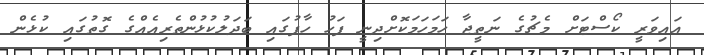
އައިވަރީ ކޯސްޓަށް މެޗުގެ ނަތީޖާ ހަމަހަމަކޮށްދިނީ ފަހު ހާފުގައި ބަދަލުކުޅުންތެރިއެއްގެ ގޮތުގައި ކުޅެން